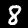
Digit: 8